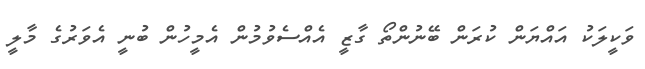
ވަކީލަކު އައްޔަން ކުރަން ބޭނުންތޯ ގާޒީ އެއްސެވުމުން އެމީހުން ބުނީ އެވަރުގެ މާލީ